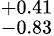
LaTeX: ^{+0.41}_{-0.83}